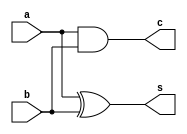
module half_adder_b(s,c,a,b);
input a,b;
output reg s,c;
always@(a,b)
begin
s=a^b;
c=a&b;
end
endmodule